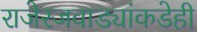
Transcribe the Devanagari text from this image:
राजेरजवाड्यांकडेही